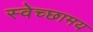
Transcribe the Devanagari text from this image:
स्वेच्छामय